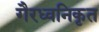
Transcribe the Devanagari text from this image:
गैरध्वनिकृत